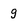
Character: g